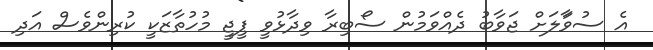
އެ ސުވާަލަށް ޖަވާބު ދެއްވަމުން ސޯބިރާ ވިދާޅުވީ ޕީޖީ މުހުތާޒަކީ ކުރިންވެސް އަދި